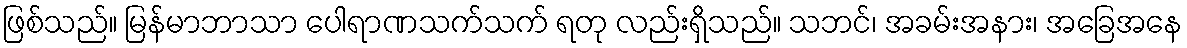
ဖြစ်သည်။ မြန်မာဘာသာ ပေါရာဏသက်သက် ရတု လည်းရှိသည်။ သဘင်၊ အခမ်းအနား၊ အခြေအနေ